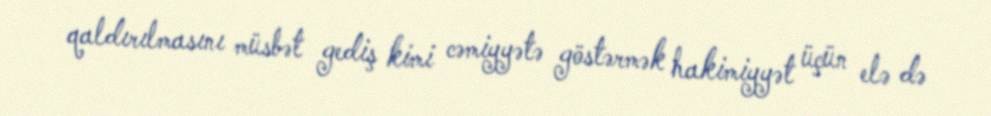
qaldırılmasını müsbət gediş kimi cəmiyyətə göstərmək hakimiyyət üçün elə də